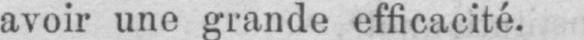
avoir une grande efficacité.